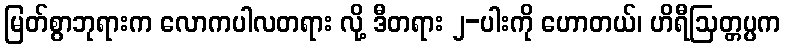
မြတ်စွာဘုရားက လောကပါလတရား လို့ ဒီတရား ၂-ပါးကို ဟောတယ်၊ ဟိရီဩတ္တပ္ပက